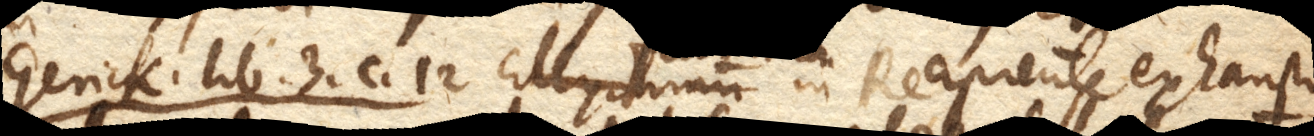
Gerick. lib. 3. c. 12 Ellychnium in Recipiente exhausto